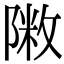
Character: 𨻖